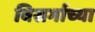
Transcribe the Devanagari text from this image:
विसर्गाच्या